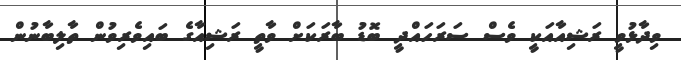
ވިދާޅުވީ ރަޝިއާއަކީ ވެސް ސަރަހައްދީ ބޮޑު ބާރަކަށް ވާތީ ރަޝިއާގެ ބައިވެރިވުން ތާލިބާނުން